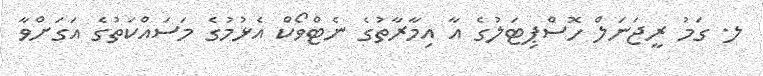
ލ. ގަމު ރީޖަނަލް ހޮސްޕިޓަލުގެ އާ އިމާރާތުގެ ނެޓްވޯކް އެޅުމުގެ މަސައްކަތުގެ އަގަށްވާ